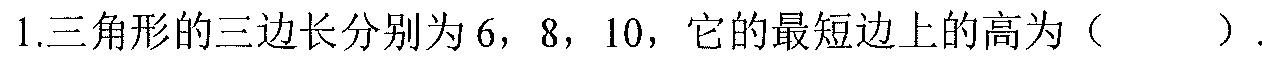
$1.三角形的三边长分别为6，8，10，它的最短边上的高为（  ）.$